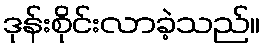
ဒုန်းစိုင်းလာခဲ့သည်။